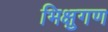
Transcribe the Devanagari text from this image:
भिक्षुगण